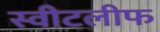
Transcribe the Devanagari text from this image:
स्वीटलीफ